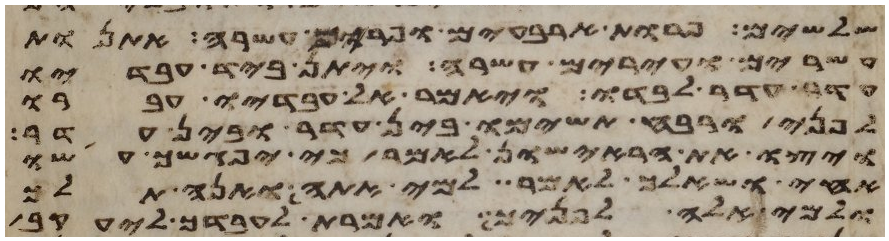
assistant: שלשים פרות ארבעים ופרים עשרה אתנות
עשרים ועירים עשרה ויתן ביד עבדיו
עדר עדר לבדו ויאמר אל עבדיו עברו
לפני ורוח תשימו בין עדר ובין עדר
ויצו את הראישון לאמר כי יפגשך עשו
אחי ושאלך לאמר למי אתה ואנה תלך
ולמי אלה לפניך ואמרת לעבדך ליעקב